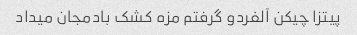
پیتزا چیکن آلفردو گرفتم مزه کشک بادمجان میداد